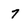
Character: 7